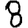
Digit: 8